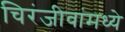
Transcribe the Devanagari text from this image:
चिरंजीवांमध्ये